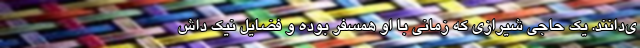
ي‌دانند. يک حاجي شيرازي که زماني با او همسفر بوده و فضايل نيک داش